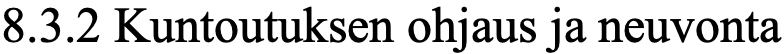
8.3.2 Kuntoutuksen ohjaus ja neuvonta